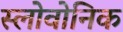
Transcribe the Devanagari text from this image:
स्लोवोनिक